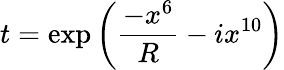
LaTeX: t=\exp{\left(\frac{-x^{6}}{R}-ix^{10}\right)}